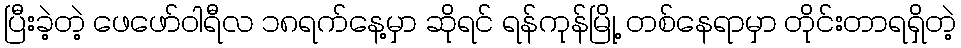
ပြီးခဲ့တဲ့ ဖေဖော်ဝါရီလ ၁၈ရက်နေ့မှာ ဆိုရင် ရန်ကုန်မြို့ တစ်နေရာမှာ တိုင်းတာရရှိတဲ့